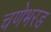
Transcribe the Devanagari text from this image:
चणेभरड